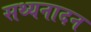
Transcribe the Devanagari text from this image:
सथ्यनादन